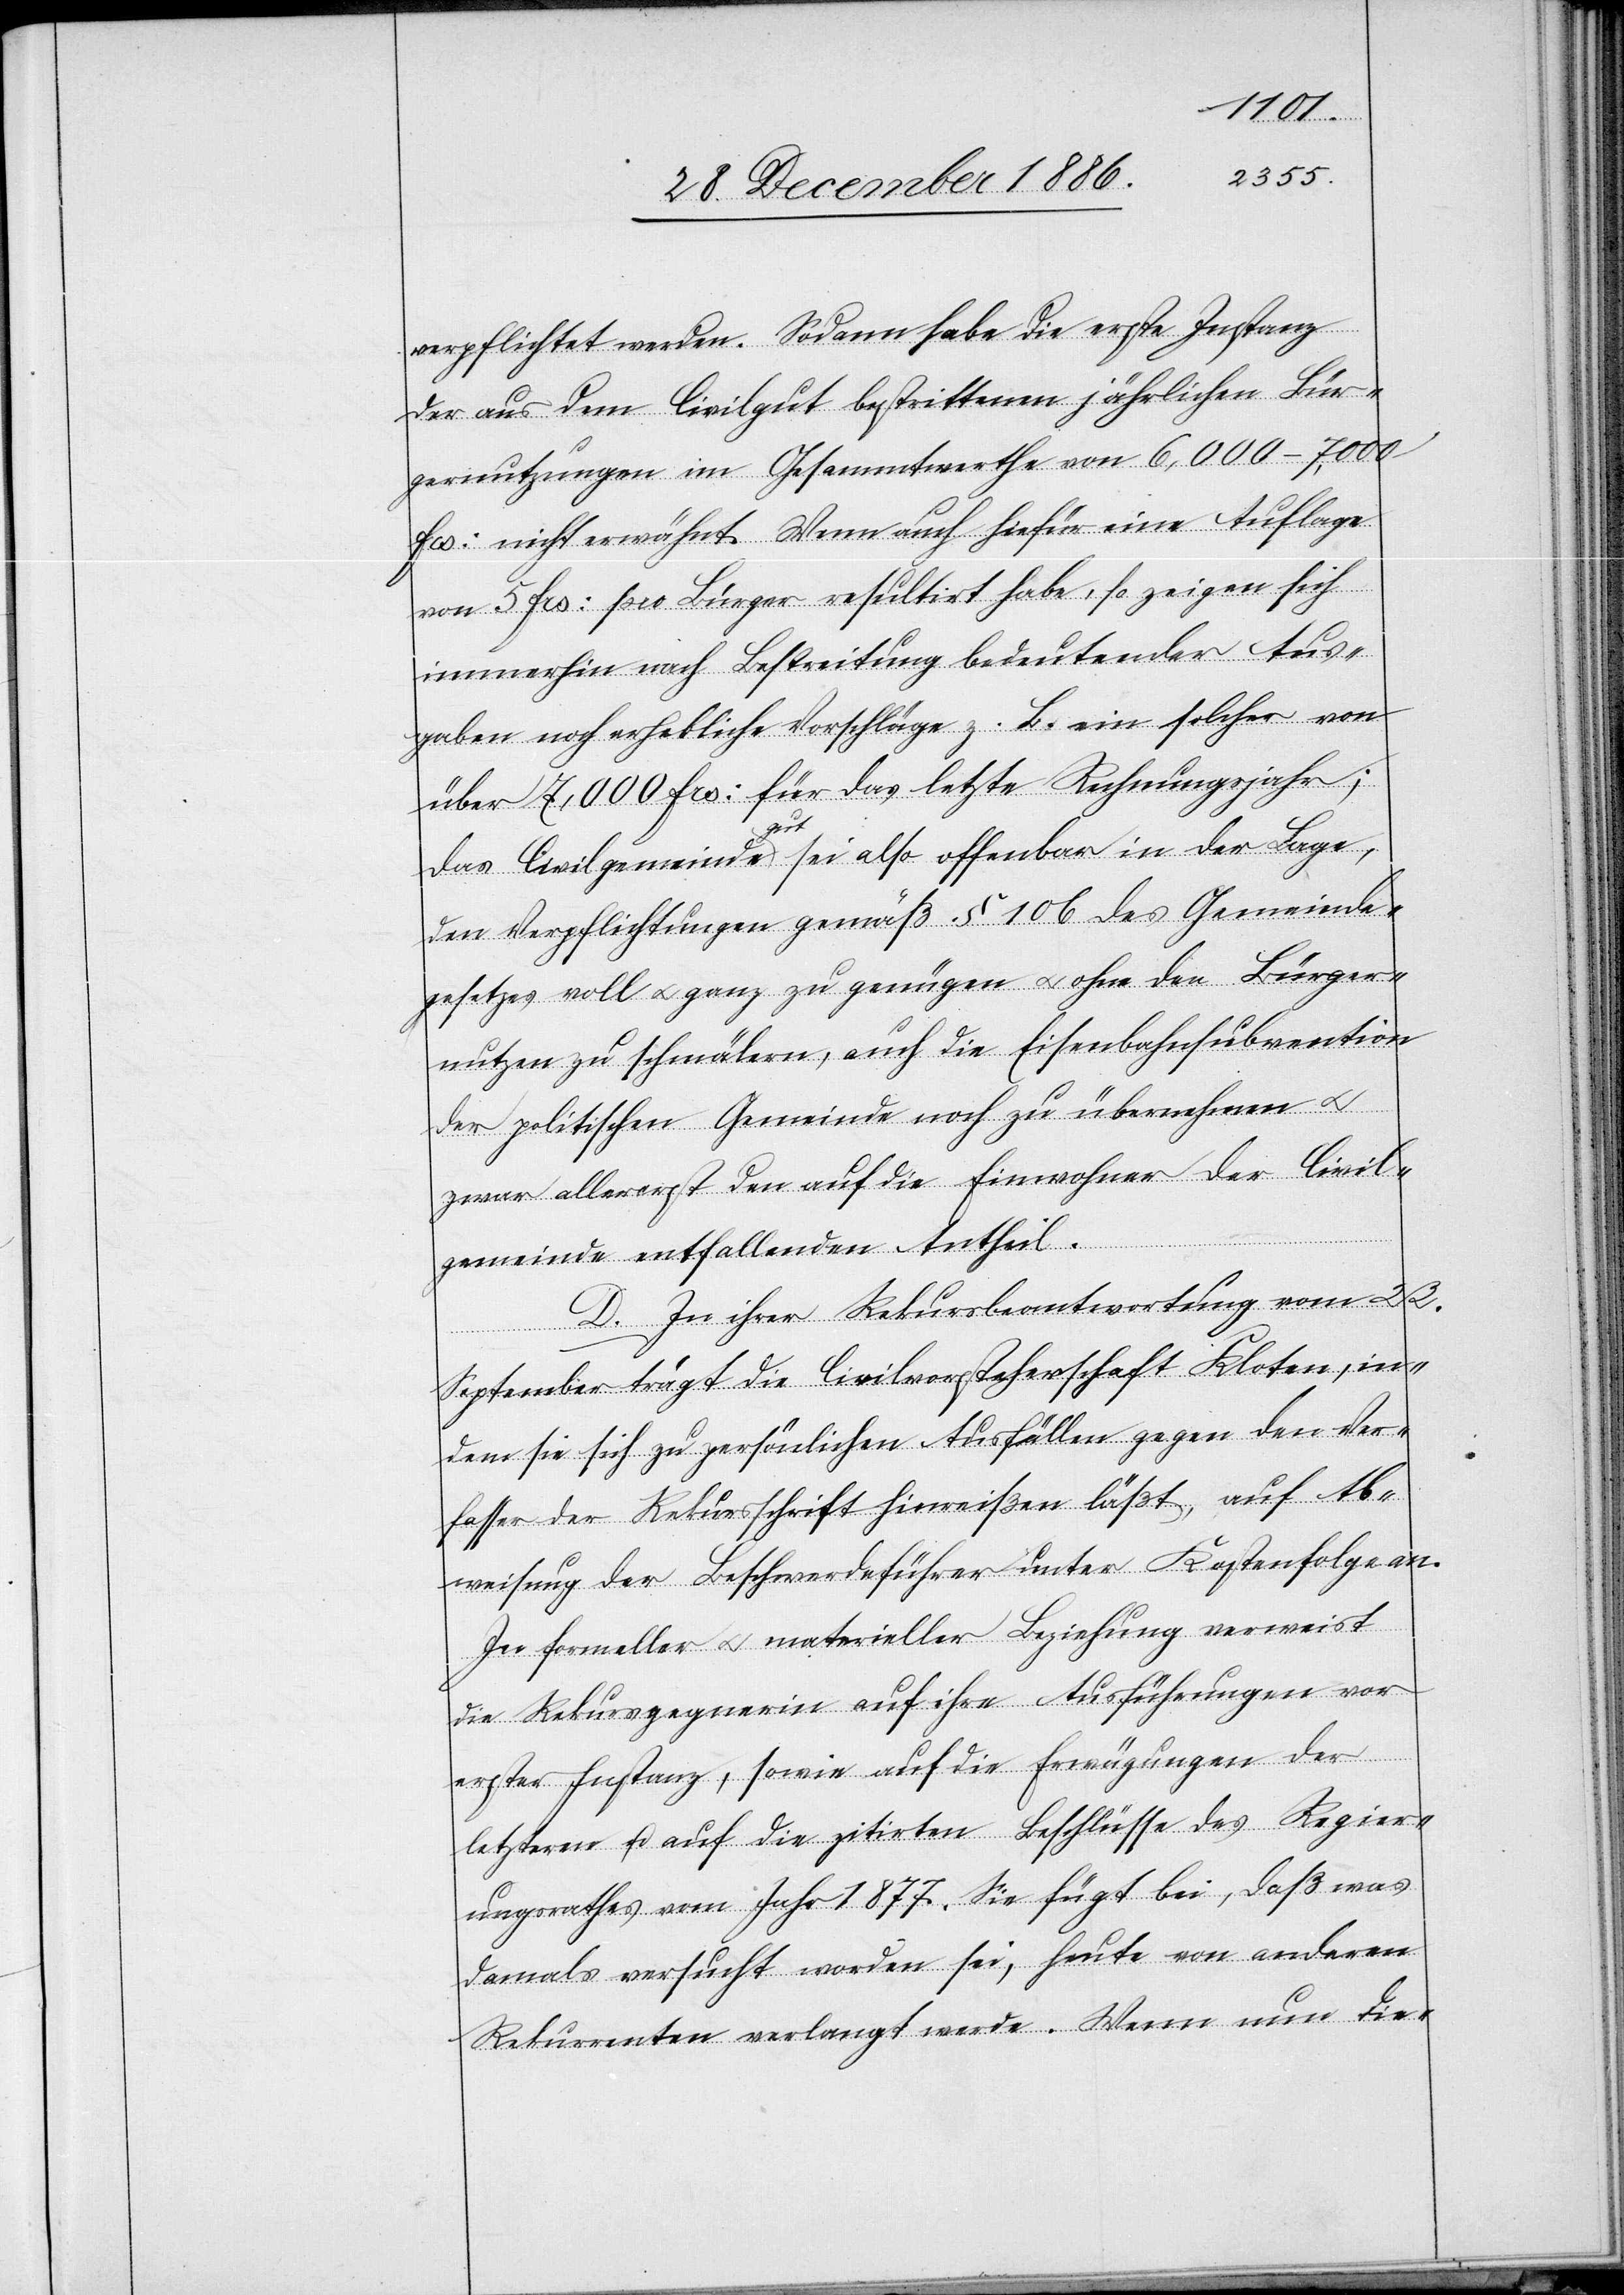
verpflichtet werden. Sodann habe die erste Instanz
der aus dem Civilgut bestrittenen jährlichen Bür¬
gernutzungen im Gesammtwerthe von 6,000–7,000
Frs: nicht erwähnt [sic!]. Wenn auch hiefür eine Auflage
von 5 Frs: pro Bürger resultirt habe, so zeigen sich
immerhin nach Bestreitung bedeutender Aus¬
gaben noch erhebliche Vorschläge z. B. ein solcher von
über 7,000 Frs: für das letzte Rechnungsjahr;
das Civilgemeindegut sei also offenbar in der Lage,
den Verpflichtungen gemäß § 106 des Gemeinde¬
gesetzes voll & ganz zu genügen & ohne den Bürger¬
nutzen zu schmälern, auch die Eisenbahnsubvention
der politischen Gemeinde noch zu übernehmen &
zwar allererst den auf die Einwohner der Civil¬
gemeinde entfallenden Antheil.
D.) In ihrer Rekursbeantwortung vom 23.
September trägt die Civilvorsteherschaft Kloten, in¬
dem sie sich zu persönlichen Ausfällen gegen den Ver¬
fasser der Rekursschrift hinreißen läßt, auf Ab¬
weisung der Beschwerdeführer unter Kostenfolge an.
In formeller & materieller Beziehung verweist
die Rekursgegnerin auf ihre Ausführungen vor
erster Instanz, sowie auf die Erwägungen des
letzteren u. auf die zitirten Beschlüsse des Regier¬
ungsrathes vom Jahr 1877. Sie fügt bei, daß was
damals versucht worden sei, heute von anderen
Rekurrenten verlangt werde. Wenn nun die-